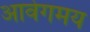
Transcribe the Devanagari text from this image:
आवेगमय